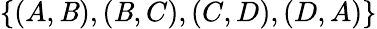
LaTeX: \{ (A,\mathit{B}),(\mathit{B},C),(C,D),(D,A)\}